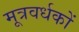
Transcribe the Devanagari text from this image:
मूत्रवर्धकों